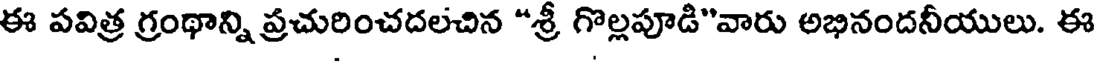
ఈ పవిత్ర గ్రంథాన్ని ప్రచురించదలచిన "శ్రీ గొల్లపూడి"వారు అభినందనీయులు. ఈ